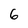
Character: 6